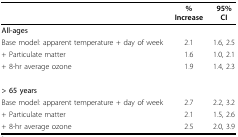
<table><thead><tr><td></td><td><b>% Increase</b></td><td><b>95% CI</b></td></tr></thead><tbody><tr><td><b>All-ages</b></td><td></td><td></td></tr><tr><td>Base model: apparent temperature + day of week</td><td>2.1</td><td>1.6, 2.5</td></tr><tr><td>+ Particulate matter</td><td>1.6</td><td>1.0, 2.1</td></tr><tr><td>+ 8-hr average ozone</td><td>1.9</td><td>1.4, 2.3</td></tr><tr><td><b>&gt; 65 years</b></td><td></td><td></td></tr><tr><td>Base model: apparent temperature + day of week</td><td>2.7</td><td>2.2, 3.2</td></tr><tr><td>+ Particulate matter</td><td>2.1</td><td>1.5, 2.6</td></tr><tr><td>+ 8-hr average ozone</td><td>2.5</td><td>2.0, 3.9</td></tr></tbody></table>